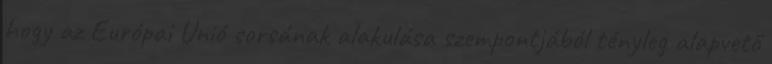
hogy az Európai Unió sorsának alakulása szempontjából tényleg alapvető